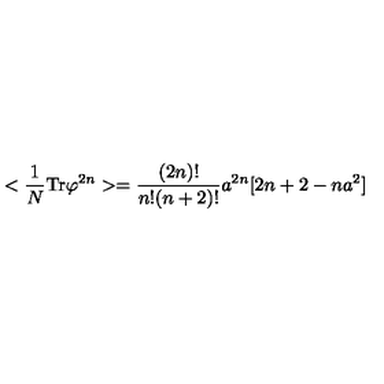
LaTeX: < { \frac { 1 } { N } } \mathrm { T r } \varphi ^ { 2 n } > = { \frac { ( 2 n ) ! } { n ! ( n + 2 ) ! } } a ^ { 2 n } [ 2 n + 2 - n a ^ { 2 } ]